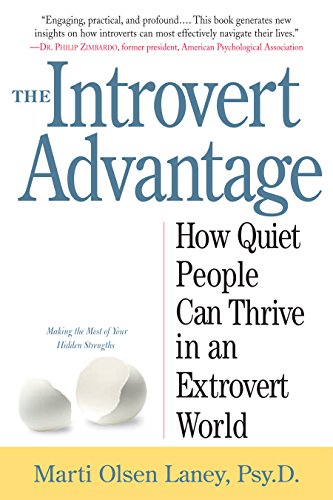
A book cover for The Introvert Advantage: How Quiet People Can Thrive in an Extrovert World; Marti Olsen Laney Psy.D.; Self-Help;